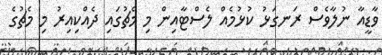
ވާޑީއާ ނުލާވެސް ރަނގަޅު ކުޅުމެއް ލެސްޓާއިން މި މެޗުގައި ދެއްކިއިރު މި މެޗުގެ